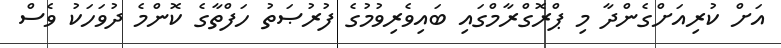
އަށް ކުރިއަށްގެންދާ މި ޕްރޮގްރާމްގައި ބައިވެރިވުމުގެ ފުރުޞަތު ހަފްތާގެ ކޮންމެ ދުވަހަކު ވެސް